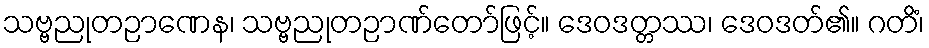
သဗ္ဗညုတဉာဏေန၊ သဗ္ဗညုတဉာဏ်တော်ဖြင့်။ ဒေဝဒတ္တဿ၊ ဒေဝဒတ်၏။ ဂတိံ၊